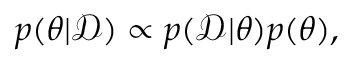
p ( \theta | \mathcal { D } ) \propto p ( \mathcal { D } | \theta ) p ( \theta ) ,